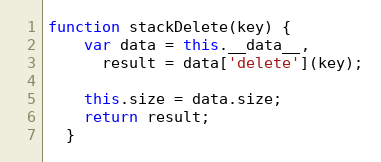
Language: JavaScript
function stackDelete(key) {
    var data = this.__data__,
      result = data['delete'](key);

    this.size = data.size;
    return result;
  }